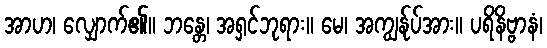
အာဟ၊ လျှောက်၏။ ဘန္တေ၊ အရှင်ဘုရား။ မေ၊ အကျွန်ုပ်အား။ ပရိနိဗ္ဗာနံ၊